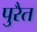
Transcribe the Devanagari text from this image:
पुरैत